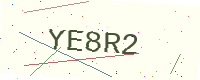
Text: YE8R2